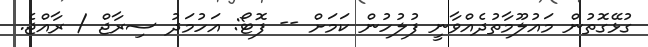
ގުޅޭގޮތުން މައުލޫމާތުދެއްވާނީ ފުލުހުން ކަމަށް -- ފޮޓޯ: އަހުމަދު ސިރާޖް / ރާއްޖެ.